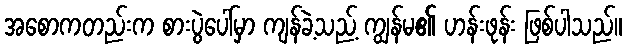
အစောကတည်းက စားပွဲပေါ်မှာ ကျန်ခဲ့သည့် ကျွန်မ၏ ဟန်းဖုန်း ဖြစ်ပါသည်။